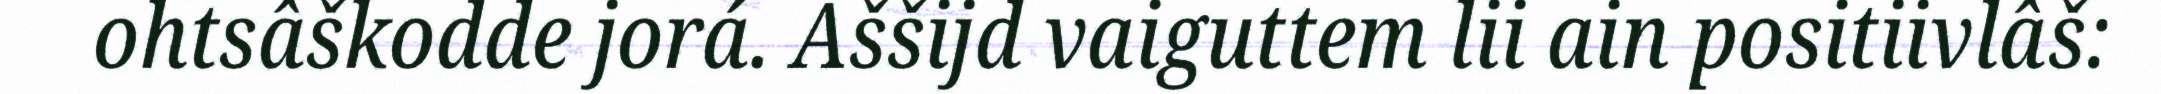
ohtsâškodde jorá. Aššijd vaiguttem lii ain positiivlâš: